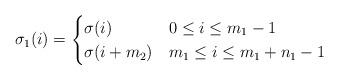
LaTeX: \begin{align*}\sigma_1(i)=\begin{cases}\sigma(i)&0\le i\le m_1-1\\\sigma(i+m_2)&m_1\le i\le m_1+n_1-1\end{cases}\end{align*}